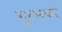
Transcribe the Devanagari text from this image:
गुत्सको